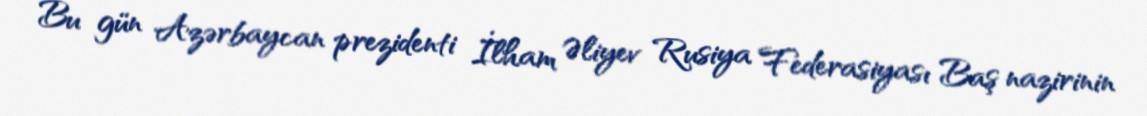
Bu gün Azərbaycan prezidenti İlham Əliyev Rusiya Federasiyası Baş nazirinin